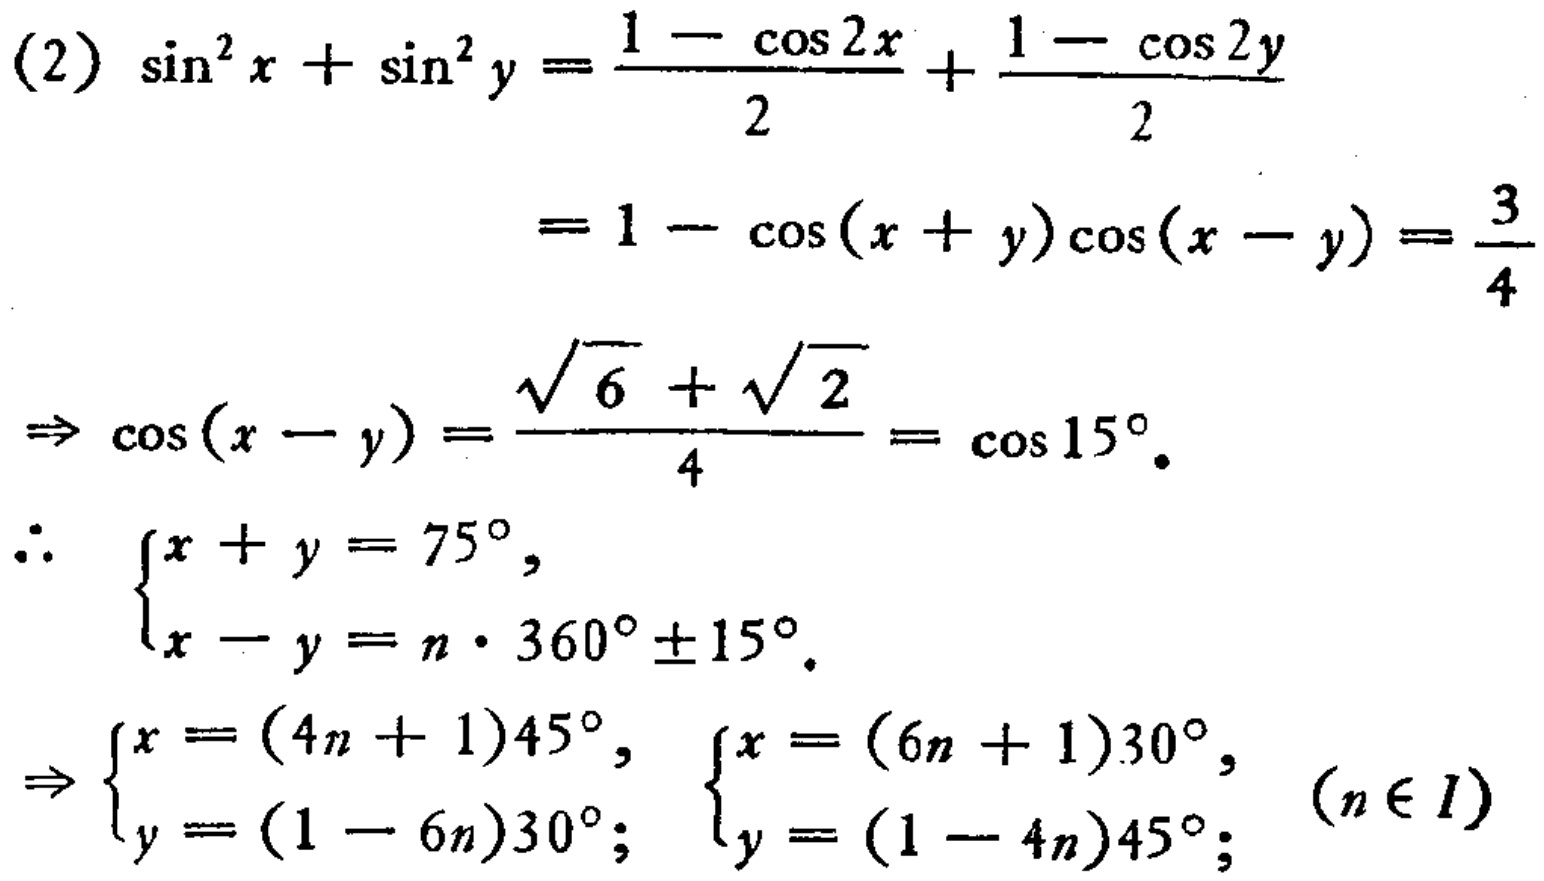
\((2)\) \(\sin^{2}x+\sin^{2}y=\frac{1 - \cos2x}{2}+\frac{1 - \cos2y}{2}\)
\(=1-\cos(x + y)\cos(x - y)=\frac{3}{4}\)
\(\Rightarrow\cos(x - y)=\frac{\sqrt{6}+\sqrt{2}}{4}=\cos15^{\circ}\)
\(\therefore\) \(\begin{cases}x + y = 75^{\circ},\\x - y = n\cdot360^{\circ}\pm15^{\circ}.\end{cases}\)
\(\Rightarrow\begin{cases}x=(4n + 1)45^{\circ},\\y=(1 - 6n)30^{\circ};\end{cases}\) \(\begin{cases}x=(6n + 1)30^{\circ},\\y=(1 - 4n)45^{\circ};\end{cases}\) \((n\in I)\)